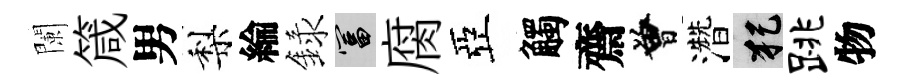
闌箴男梨綸録富腐亞觸齋曾濳犯跳物